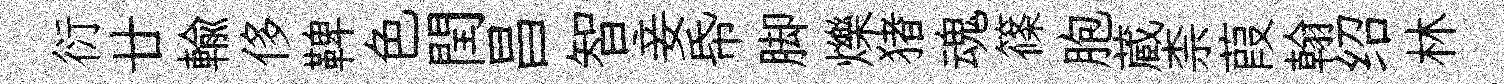
衍廿輸侈鞞色閏昌智妾帋脚爍猪魂篠胞蔵柰葭翰绍林